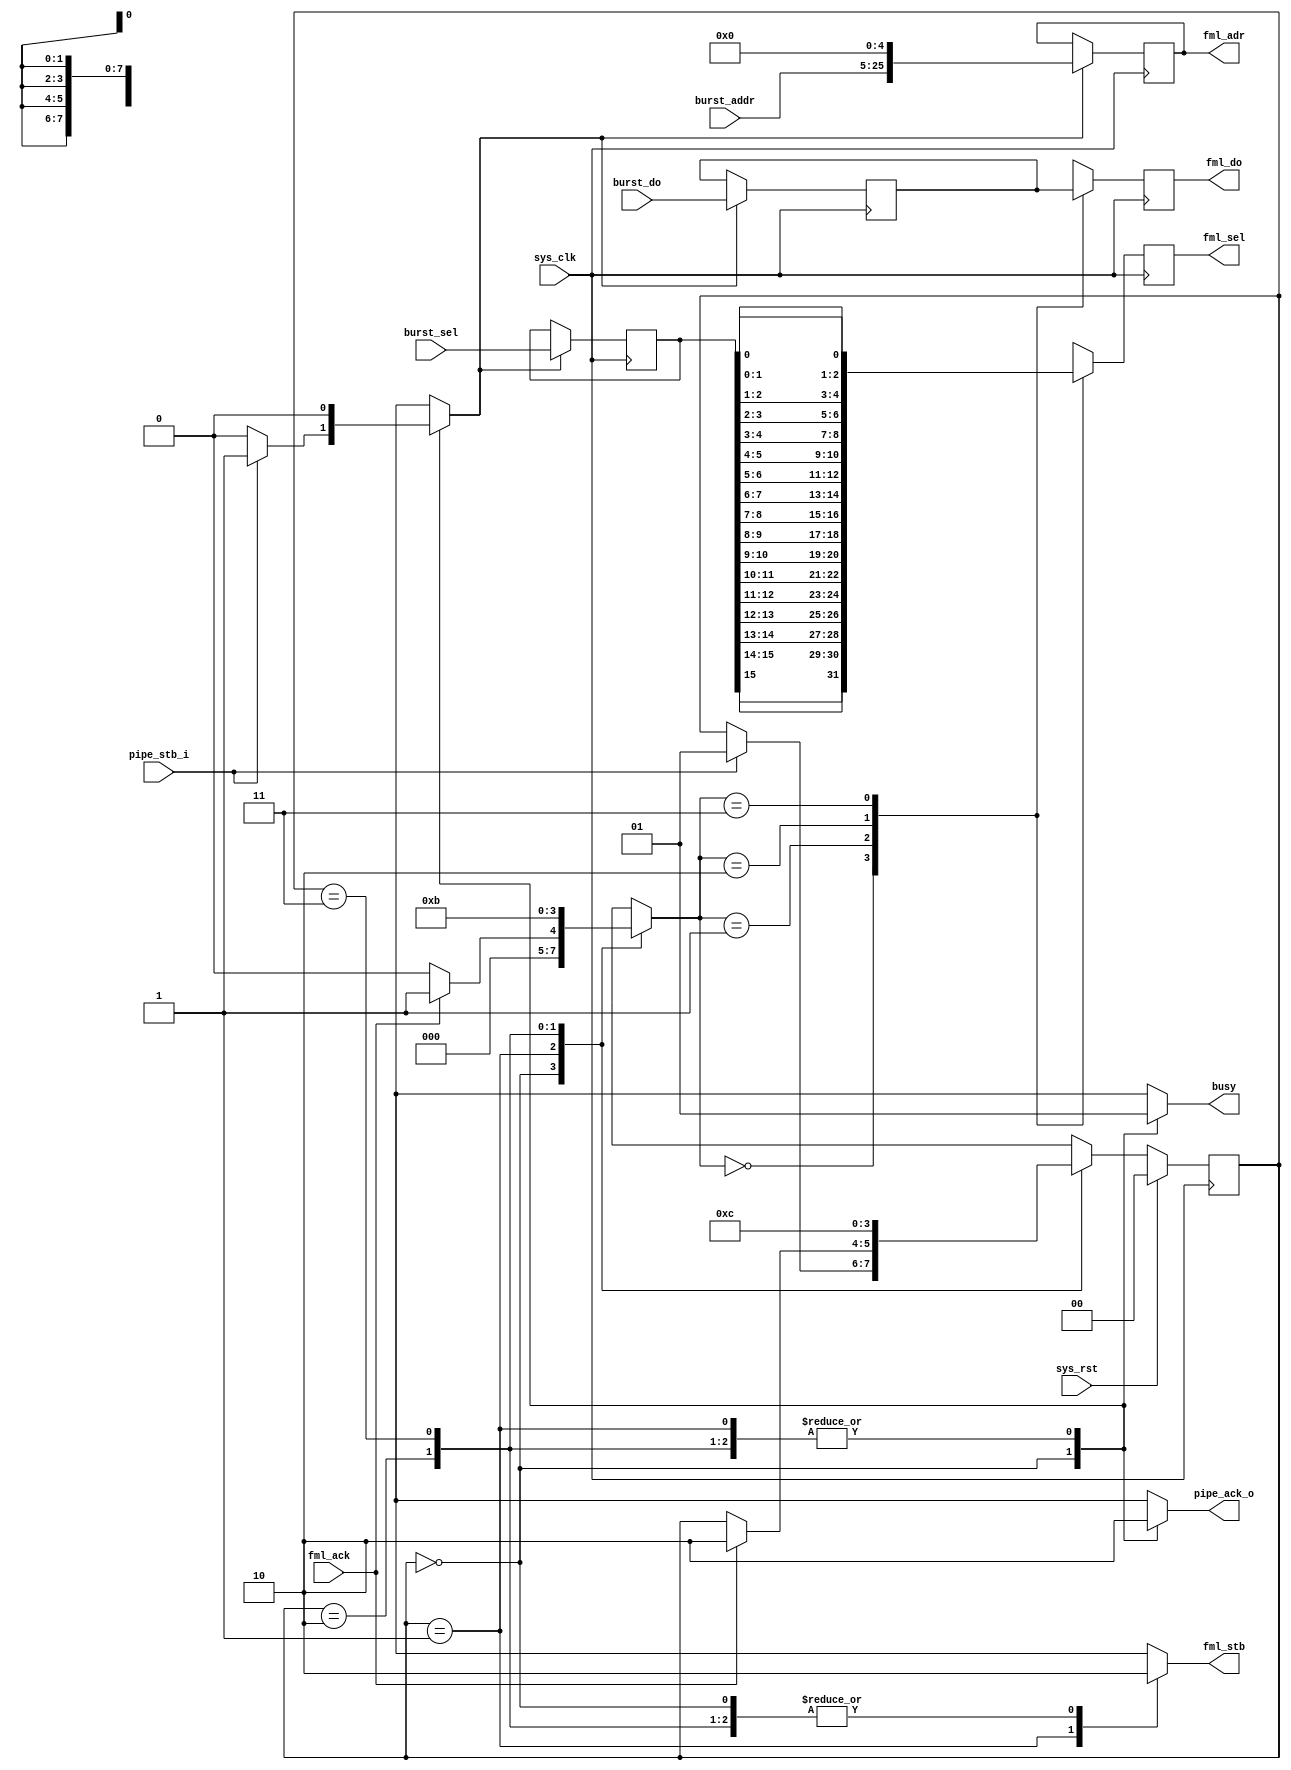
/*
 * Milkymist SoC
 * Copyright (C) 2007, 2008, 2009, 2010 Sebastien Bourdeauducq
 *
 * This program is free software: you can redistribute it and/or modify
 * it under the terms of the GNU General Public License as published by
 * the Free Software Foundation, version 3 of the License.
 *
 * This program is distributed in the hope that it will be useful,
 * but WITHOUT ANY WARRANTY; without even the implied warranty of
 * MERCHANTABILITY or FITNESS FOR A PARTICULAR PURPOSE.  See the
 * GNU General Public License for more details.
 *
 * You should have received a copy of the GNU General Public License
 * along with this program.  If not, see <http://www.gnu.org/licenses/>.
 */

module tmu2_pixout #(
	parameter fml_depth = 26
) (
	input sys_clk,
	input sys_rst,
	
	output reg busy,
	
	input pipe_stb_i,
	output reg pipe_ack_o,
	input [fml_depth-5-1:0] burst_addr,
	input [15:0] burst_sel,
	input [255:0] burst_do,
	
	output reg [fml_depth-1:0] fml_adr,
	output reg fml_stb,
	input fml_ack,
	output reg [7:0] fml_sel,
	output reg [63:0] fml_do
);

reg [15:0] burst_sel_r;
reg [255:0] burst_do_r;

reg load;
always @(posedge sys_clk) begin
	if(load) begin
		fml_adr = {burst_addr, 5'd0};
		burst_sel_r = burst_sel;
		burst_do_r = burst_do;
	end
end

reg [1:0] bcounter;
always @(posedge sys_clk) begin
	case(bcounter)
		2'd0: begin
			fml_sel <= {
				burst_sel_r[15], burst_sel_r[15],
				burst_sel_r[14], burst_sel_r[14],
				burst_sel_r[13], burst_sel_r[13],
				burst_sel_r[12], burst_sel_r[12]
				};
			fml_do <= burst_do_r[255:192];
		end
		2'd1: begin
			fml_sel <= {
				burst_sel_r[11], burst_sel_r[11],
				burst_sel_r[10], burst_sel_r[10],
				burst_sel_r[ 9], burst_sel_r[ 9],
				burst_sel_r[ 8], burst_sel_r[ 8]
				};
			fml_do <= burst_do_r[191:128];
		end
		2'd2: begin
			fml_sel <= {
				burst_sel_r[ 7], burst_sel_r[ 7],
				burst_sel_r[ 6], burst_sel_r[ 6],
				burst_sel_r[ 5], burst_sel_r[ 5],
				burst_sel_r[ 4], burst_sel_r[ 4]
				};
			fml_do <= burst_do_r[127: 64];
		end
		2'd3: begin
			fml_sel <= {
				burst_sel_r[ 3], burst_sel_r[ 3],
				burst_sel_r[ 2], burst_sel_r[ 2],
				burst_sel_r[ 1], burst_sel_r[ 1],
				burst_sel_r[ 0], burst_sel_r[ 0]
				};
			fml_do <= burst_do_r[ 63:  0];
		end
	endcase
end

reg [1:0] state;
reg [1:0] next_state;

parameter IDLE	= 2'd0;
parameter WAIT	= 2'd1;
parameter XFER2	= 2'd2;
parameter XFER3	= 2'd3;

always @(posedge sys_clk) begin
	if(sys_rst)
		state <= IDLE;
	else
		state <= next_state;
end

always @(*) begin
	next_state = state;
	
	busy = 1'b1;
	pipe_ack_o = 1'b0;
	fml_stb = 1'b0;
	
	load = 1'b0;
	bcounter = 2'bxx;
	
	case(state)
		IDLE: begin
			busy = 1'b0;
			pipe_ack_o = 1'b1;
			bcounter = 2'd0;
			if(pipe_stb_i) begin
				load = 1'b1;
				next_state = WAIT;
			end
		end
		WAIT: begin
			fml_stb = 1'b1;
			bcounter = 2'd0;
			if(fml_ack) begin
				bcounter = 2'd1;
				next_state = XFER2;
			end
		end
		XFER2: begin
			bcounter = 2'd2;
			next_state = XFER3;
		end
		XFER3: begin
			bcounter = 2'd3;
			next_state = IDLE;
		end
	endcase
end

endmodule